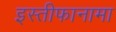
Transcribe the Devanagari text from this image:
इस्तीफानामा